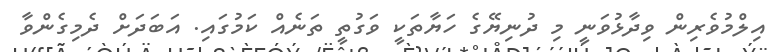
އިލްމުވެރިން ވިދާޅުވަނީ މި ދުނިޔޭގެ ހަޔާތަކީ ވަގުތީ ތަނެއް ކަމުގައި. އަބަދަށް ދެމިގެންވާ